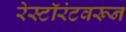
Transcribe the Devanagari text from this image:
रेस्टॉरंटवरून